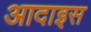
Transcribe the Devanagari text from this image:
आदाइस